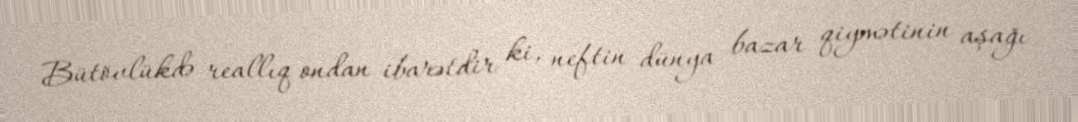
Bütövlükdə reallıq ondan ibarətdir ki, neftin dünya bazar qiymətinin aşağı